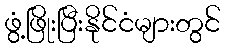
ဖွံ့ဖြိုးပြီးနိုင်ငံများတွင်